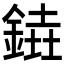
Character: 𨩒